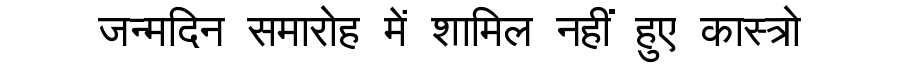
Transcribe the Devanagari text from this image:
जन्मदिन समारोह में शामिल नहीं हुए कास्त्रो